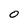
Character: O